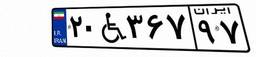
۲۳W۰۷۹۸۰